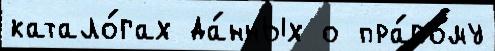
катало́гах да́нных о пра́вому